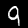
Digit: 9